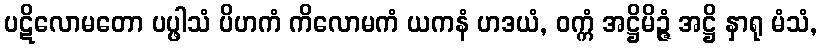
ပဋိလောမတော ပပ္ဖါသံ ပိဟကံ ကိလောမကံ ယကနံ ဟဒယံ, ဝက္ကံ အဋ္ဌိမိဉ္ဇံ အဋ္ဌိ နှာရု မံသံ,